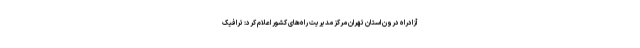
آزادراه درون استان تهران مرکز مدیریت راه‌های کشور اعلام کرد: ترافیک